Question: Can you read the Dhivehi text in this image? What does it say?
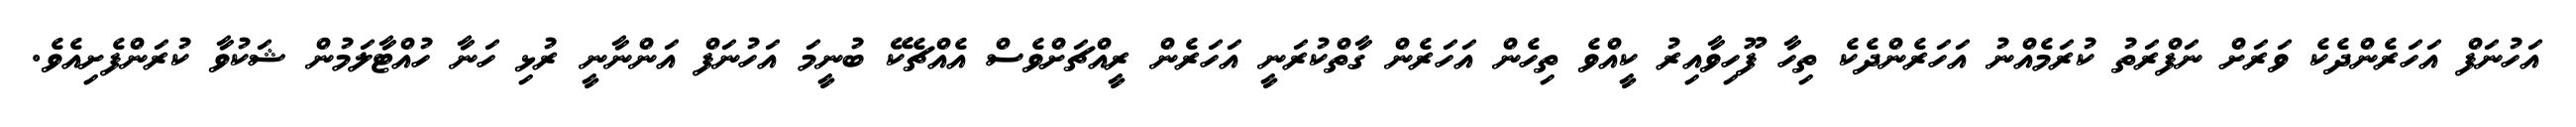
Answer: އަހުނަފް އަހަރެންދެކެ ވަރަށް ނަފްރަތު ކުރަމެއްނު އަހަރެންދެކެ ތިހާ ފޫހިވާއިރު ކީއްވެ ތިހެން އަހަރެން ގާތްކުރަނީ އަހަރެން ރީއްޗަށްވެސް އެއްޗެކޭ ބުނީމަ އަހުނަފް އަންނާނީ ރުޅި ހަނާ ހުއްޓާލަމުން ޝަކުވާ ކުރަންފެށިއެވެ.